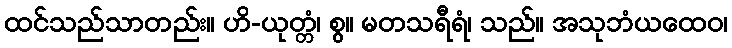
ထင်သည်သာတည်း။ ဟိ-ယုတ္တံ၊ စွ။ မတသရီရံ၊ သည်။ အသုဘံယထေဝ၊